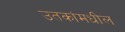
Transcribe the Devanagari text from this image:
उतकांमधील